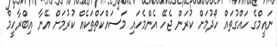
ނައީމްގެ ހައްގުތައް ހޯދުމަށް ކުރަން ޖެހޭ އެންމެހައި މަސައްކަތްތަކެއް ކުރުމަށް އޭނާ އިބްރާހީމް